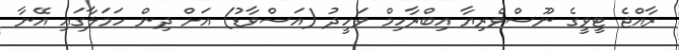
ރާއްޖެ ޓީވީގެ ނޫސްވެރިޔާ އިބްރާހިމް ވަހީދު (އަސްވާޑު) އަށް ދިން ހަމަލާގައި އޭނާ